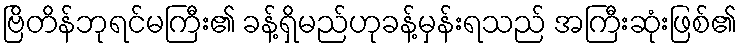
ဗြိတိန်ဘုရင်မကြီး၏ ခန့်ရှိမည်ဟုခန့်မှန်းရသည် အကြီးဆုံးဖြစ်၏